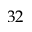
3 2